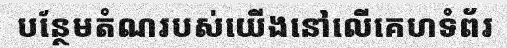
បន្ថែមតំណរបស់យើងនៅលើគេហទំព័រ